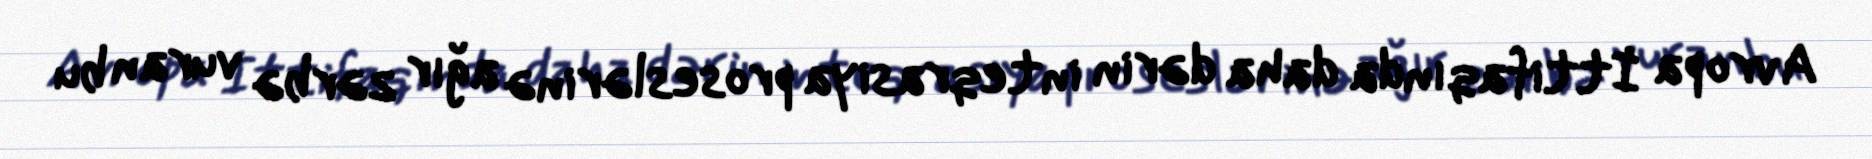
Avropa İttifaqında daha dərin inteqrasiya proseslərinə ağır zərbə vuran bu